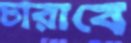
চারাবে